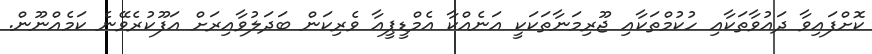
ކޮށްފައިވާ ދައުވާތަކާއި ހުކުމްތަކާއި ޖޫރިމަނާތަކަކީ އަނެއްކާ އެމްޑީޕީއާ ވެރިކަން ބަދަލުވާއިރަށް އަފޫކުރެވޭނެ ކަމެއްނޫން.